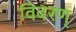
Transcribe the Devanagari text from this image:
विवरण्